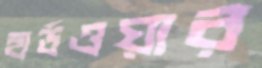
হার্ডওয়ার